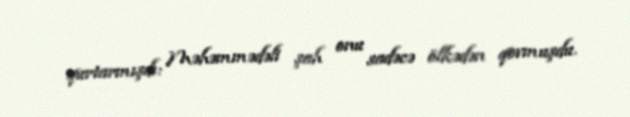
qurtarmışdı: Məhəmmədəli şah onu sadəcə ölkədən qovmuşdu.